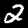
Digit: 2